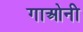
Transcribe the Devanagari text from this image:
गाओनी